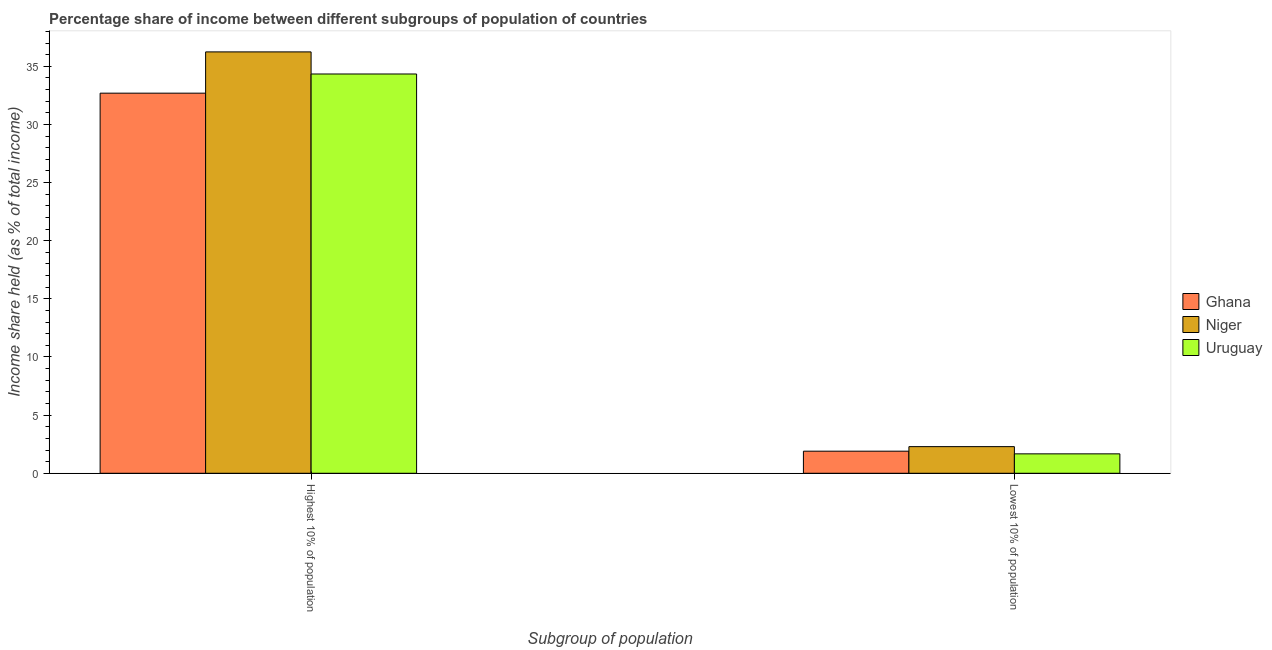
| Subgroup of population | Ghana | Niger | Uruguay |
 | --- | --- | --- | --- |
 | Highest 10% of population | 32.7 | 36.2 | 34.3 |
 | Lowest 10% of population | 1.9 | 2.29 | 1.67 |